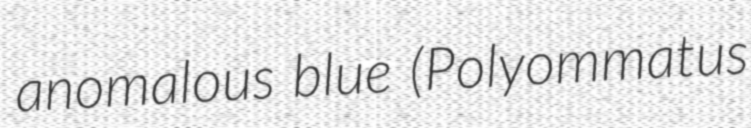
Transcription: anomalous blue (Polyommatus